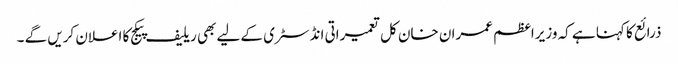
ذرائع کا کہنا ہے کہ وزیراعظم عمران خان کل تعمیراتی انڈسٹری کے لیے بھی ریلیف پیکج کا اعلان کریں گے ۔